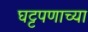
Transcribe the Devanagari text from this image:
घट्टपणाच्या